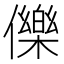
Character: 𭀅